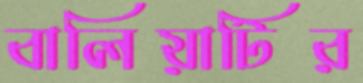
বালিয়াটির